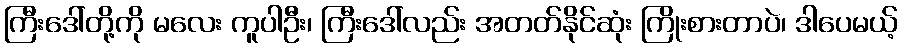
ကြီးဒေါ်တို့ကို မလေး ကူပါဦး၊ ကြီးဒေါ်လည်း အတတ်နိုင်ဆုံး ကြိုးစားတာပဲ၊ ဒါပေမယ့်